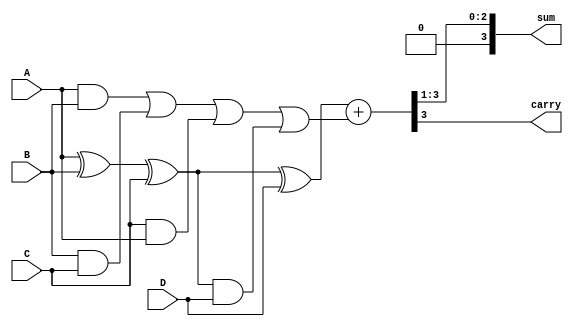
module CarrySaveAdder (
    input [2:0] A, // 3-bit Operand A
    input [2:0] B, // 3-bit Operand B
    input [2:0] C, // 3-bit Operand C
    input [2:0] D, // 3-bit Operand D
    output [3:0] sum, // Final sum
    output carry // Final carry
);

    // Intermediate wires for partial sums and carries
    wire [2:0] S1, S2, S3; // Partial sums
    wire [2:0] C1, C2, C3; // Carries

    // First level CSA (grouping A, B, C)
    assign S1 = A ^ B ^ C; // Partial sum 1
    assign C1 = (A & B) | (B & C) | (C & A); // Carry 1

    // Second level CSA (grouping S1 and D)
    assign S2 = S1 ^ D; // Partial sum 2
    assign C2 = C1 | (S1 & D); // Carry 2

    // Final Carry Save Adder
    wire [3:0] final_sum; // To hold final sum with carry
    wire final_carry;

    // Final step: Combine S2 and C2 using Ripple Carry Adder
    assign final_sum = {1'b0, S2} + {1'b0, C2}; // Adding with zero-padding
    assign sum = final_sum[3:1]; // Output sum (3 bits)
    assign carry = final_sum[3]; // Output carry

endmodule